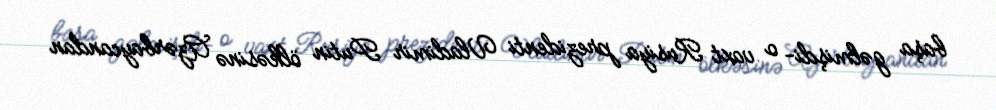
başa gəlmişdi- o vaxt Rusiya prezidenti Vladimir Putin ölkəsinə Azərbaycandan